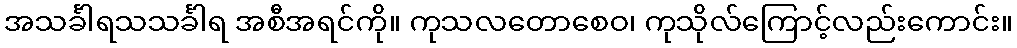
အသင်္ခါရသသင်္ခါရ အစီအရင်ကို။ ကုသလတောစေဝ၊ ကုသိုလ်ကြောင့်လည်းကောင်း။